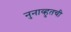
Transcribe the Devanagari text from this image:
नुनाव्हुतची